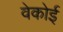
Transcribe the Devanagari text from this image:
वेकोई